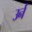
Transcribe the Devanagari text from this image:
उर्न